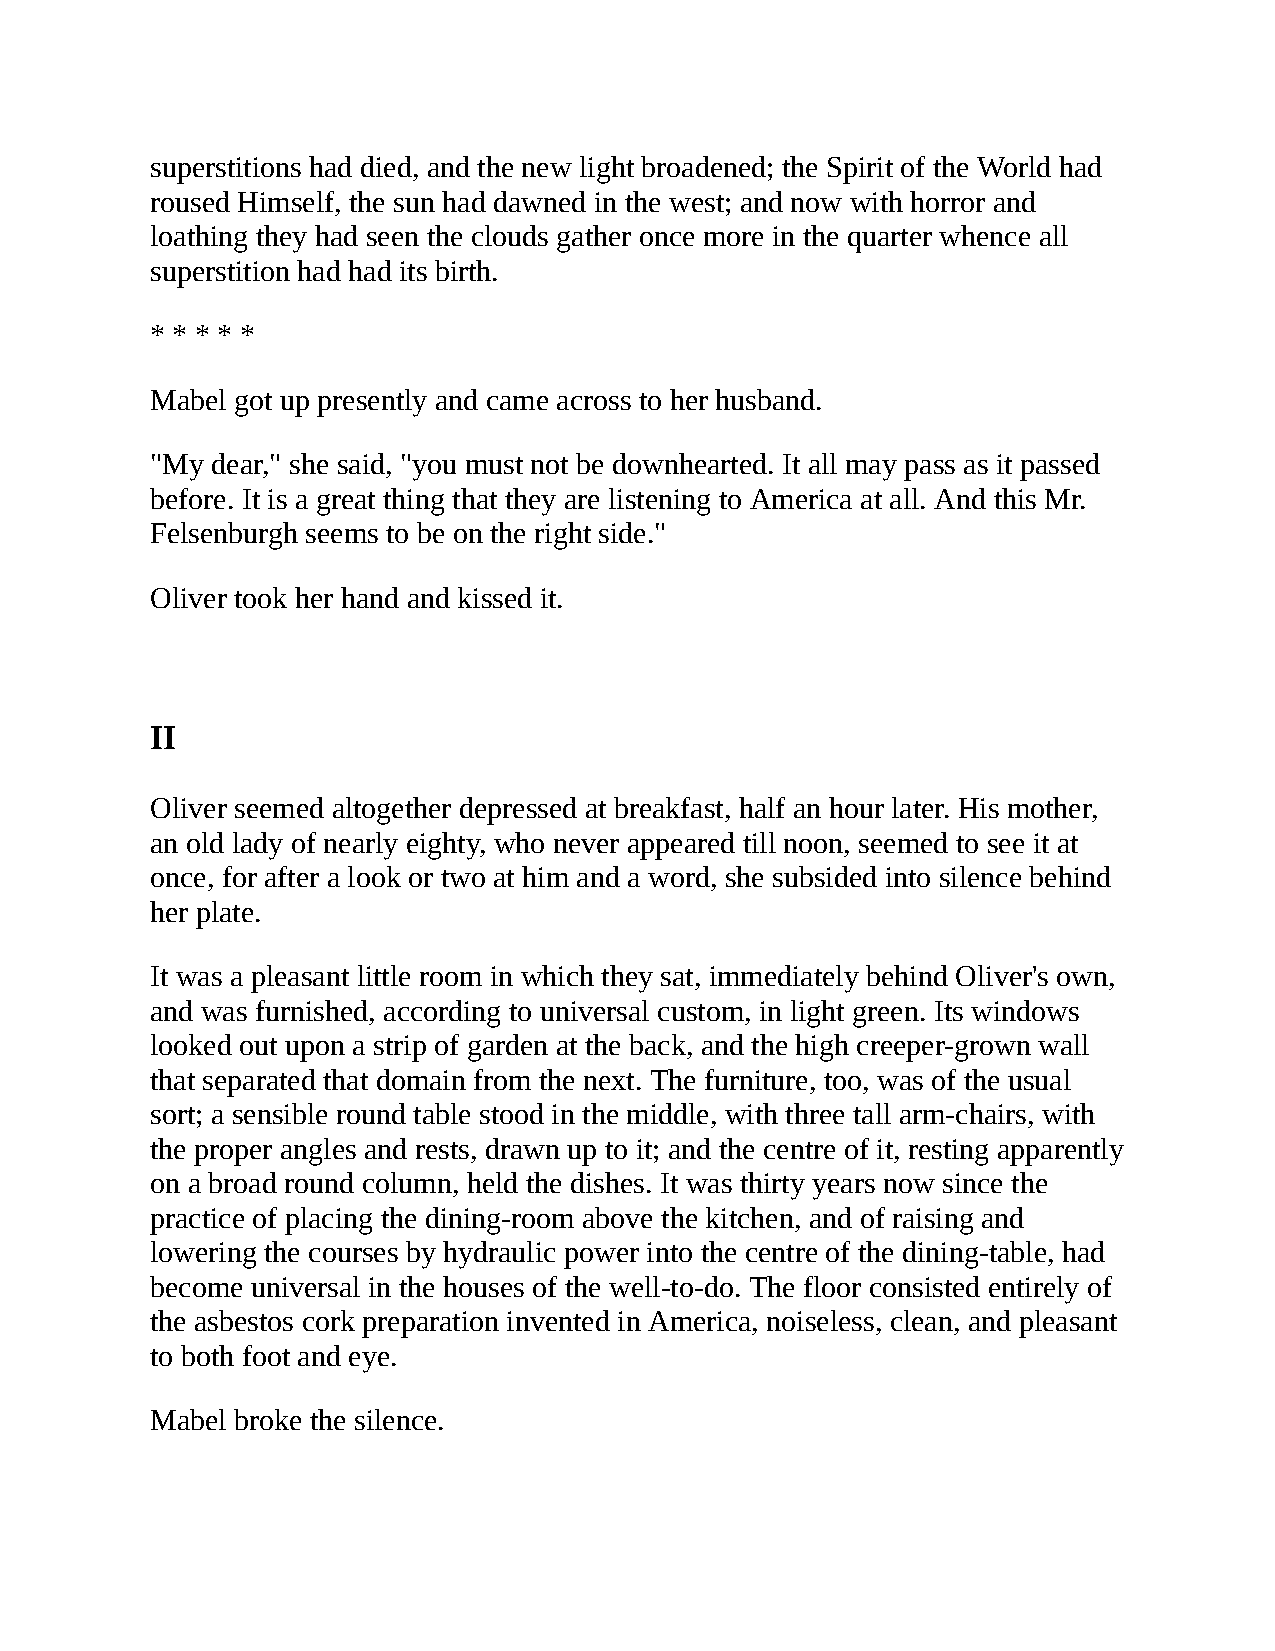
superstitions had died, and the new light broadened; the Spirit of the World had
 roused Himself, the sun had dawned in the west; and now with horror and
 loathing they had seen the clouds gather once more in the quarter whence all
 superstition had had its birth.
 * * * * *
 Mabel got up presently and came across to her husband.
 "My dear," she said, "you must not be downhearted. It all may pass as it passed
 before. It is a great thing that they are listening to America at all. And this Mr.
 Felsenburgh seems to be on the right side."
 Oliver took her hand and kissed it.
 II
 Oliver seemed altogether depressed at breakfast, half an hour later. His mother,
 an old lady of nearly eighty, who never appeared till noon, seemed to see it at
 once, for after a look or two at him and a word, she subsided into silence behind
 her plate.
 It was a pleasant little room in which they sat, immediately behind Oliver's own,
 and was furnished, according to universal custom, in light green. Its windows
 looked out upon a strip of garden at the back, and the high creeper-grown wall
 that separated that domain from the next. The furniture, too, was of the usual
 sort; a sensible round table stood in the middle, with three tall arm-chairs, with
 the proper angles and rests, drawn up to it; and the centre of it, resting apparently
 on a broad round column, held the dishes. It was thirty years now since the
 practice of placing the dining-room above the kitchen, and of raising and
 lowering the courses by hydraulic power into the centre of the dining-table, had
 become universal in the houses of the well-to-do. The floor consisted entirely of
 the asbestos cork preparation invented in America, noiseless, clean, and pleasant
 to both foot and eye.
 Mabel broke the silence.